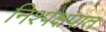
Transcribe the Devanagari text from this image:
निश्पक्षपात